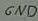
Text: GND